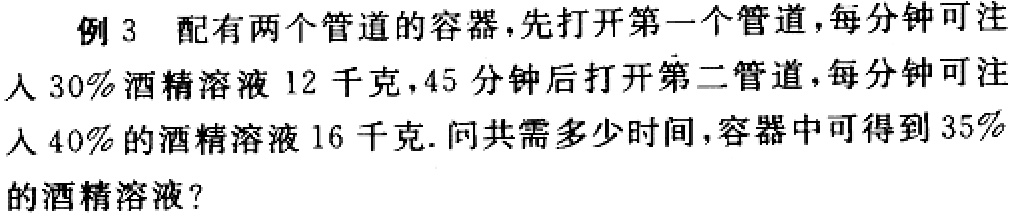
例3 配有两个管道的容器，先打开第一个管道，每分钟可注
入30%酒精溶液12千克，45分钟后打开第二管道，每分钟可注
入40%的酒精溶液16千克. 问共需多少时间，容器中可得到35%
的酒精溶液？